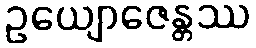
ဥယျောဇေန္တဿ